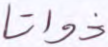
ذواتا